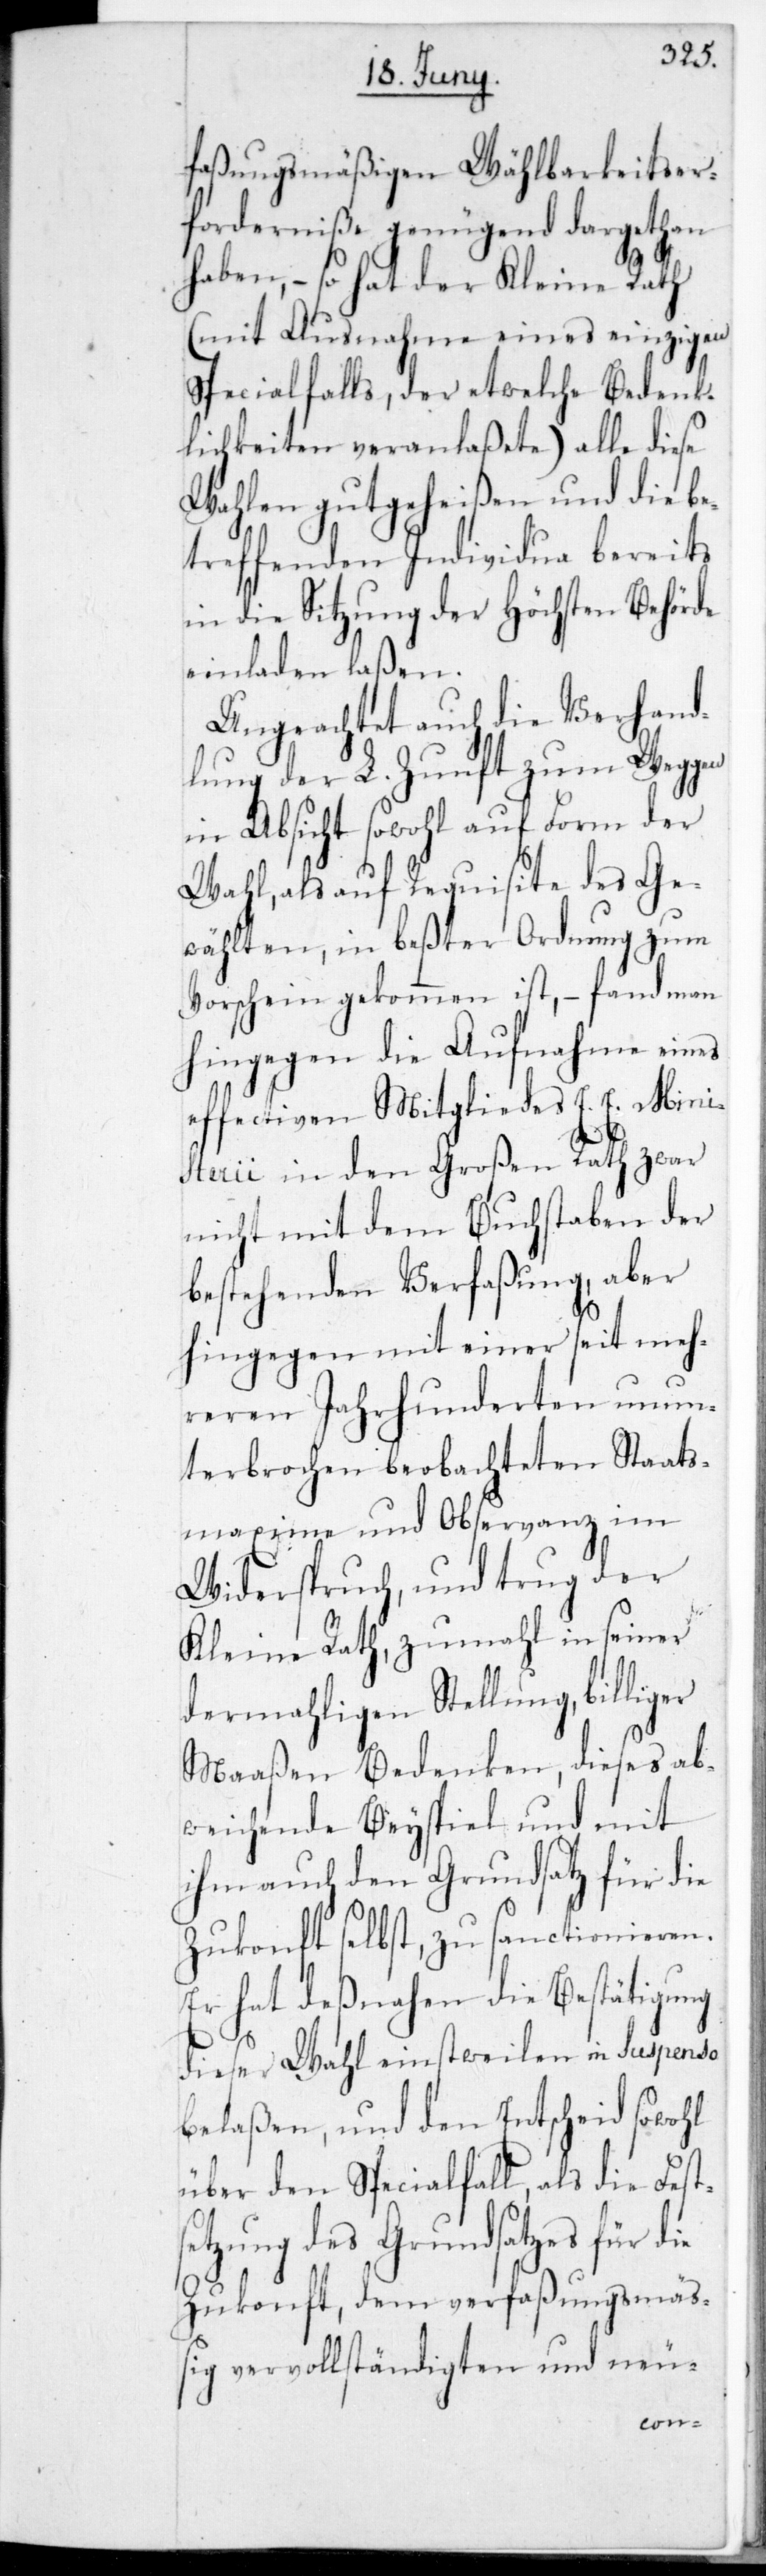
faßungsmäßigen Wählbarkeits-Er¬
forderniße genügend dargetan
haben, – so hat der Kleine Rath
(mit Ausnahme eines einzigen
Specialfalls, der etwelche Bedenk¬
lichkeiten veranlaßete) alle diese
Wahlen gutgeheißen und die be¬
treffenden Individua bereits
in die Sitzung der Höchsten Behörde
einladen laßen.
Ungeachtet auch die Verhand¬
lung der L. Zunft zum Weggen
in Absicht sowohl auf Form der
Wahl, als auf Requisite des Ge¬
wählten, in beßter Ordnung zum
Vorschein gekommen ist, – fand man
hingegen die Aufnahme eines
effectiven Mitgliedes E. E. Mini¬
sterii in den Großen Rath zwar
nicht mit dem Buchstaben der
bestehenden Verfaßung, aber
hingegen mit einer seit meh¬
reren Jahrhunderten unun¬
terbrochen beobachteten Staats¬
maxime und Observanz im
Widerspruch, und trug der
Kleine Rath, zumahl in seiner
dermahligen Stellung, billiger
Maaßen Bedenken, dieses ab¬
weichende Beyspiel und mit
ihm auch den Grundsatz für die
Zukonft selbst, zu sanctionieren.
Er hat desnahen die Bestätigung
dieser Wahl einstweilen in Suspensa
belaßen, und den Entscheid sowohl
über den Spezialfall, als die Fests¬
etzung des Grundsatzes für die
Zukonft, dem verfaßungsmäß¬
ig vervollständigten und neu-